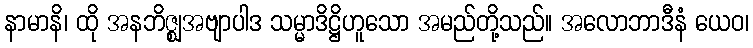
နာမာနိ၊ ထို အနဘိဇ္ဈအဗျာပါဒ သမ္မာဒိဋ္ဌိဟူသော အမည်တို့သည်။ အလောဘာဒီနံ ယေဝ၊